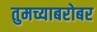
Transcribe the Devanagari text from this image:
तुमच्याबरोबर